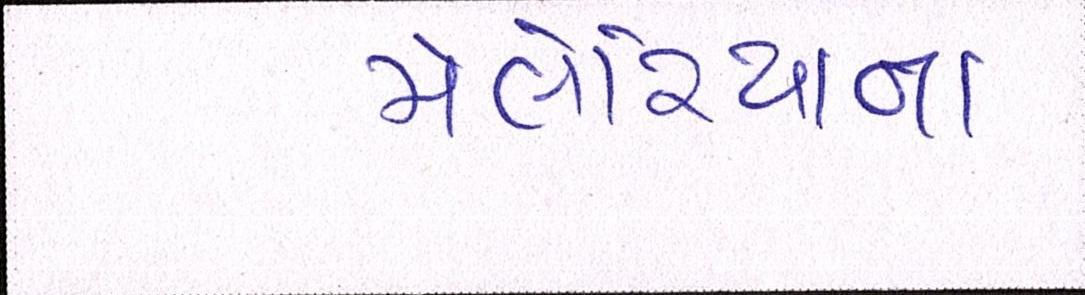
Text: મેલેરિયાના